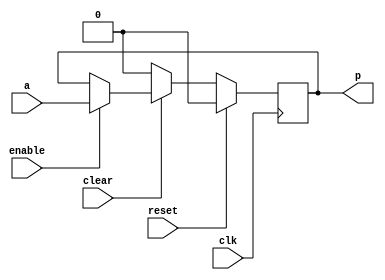
module simpledflop(
    input clk,
    input a,
    input reset,
    input clear,
    input enable, 
    output reg p);

    always @ (posedge clk) begin
        if(reset) p <= 1'b0;
        else if (clear==1'b0) p <= 1'b0;
        else if (enable) p <= a;
    end 

endmodule